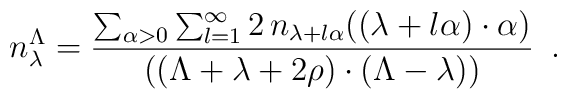
n_{\lambda }^{\Lambda }=\frac{\sum_{\alpha >0}\sum_{l=1}^{\infty}2\,n_{\lambda +l\alpha }((\lambda +l\alpha )\cdot \alpha )}{((\Lambda+\lambda +2\rho )\cdot (\Lambda -\lambda ))}\,\,\,.